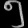
Digit: ၅